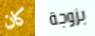
كان بزوجة